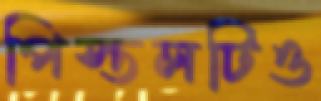
পিস্তলটিও